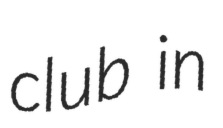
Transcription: club in